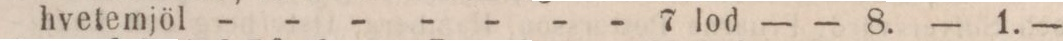
hvetemjöl - - - - - - - 7 lod    — — 8.    — 1. —